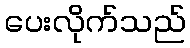
ပေးလိုက်သည်